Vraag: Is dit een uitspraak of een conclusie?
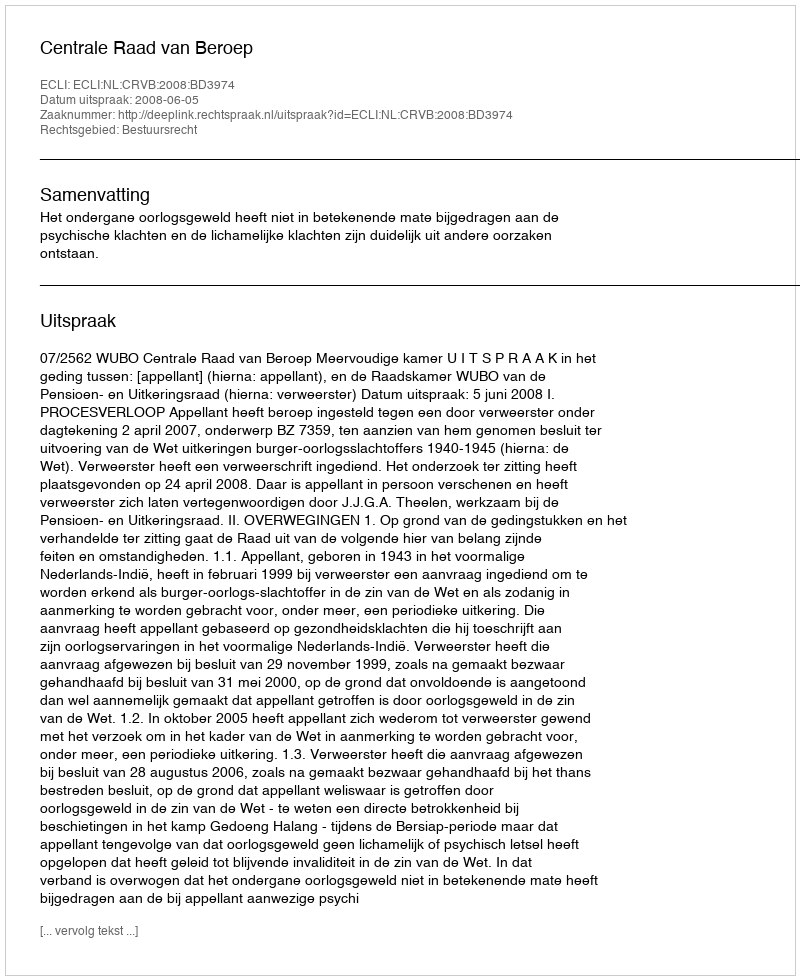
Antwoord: Uitspraak